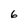
Character: 6